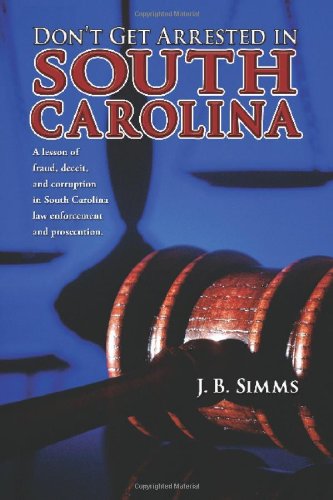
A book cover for Don't Get Arrested in South Carolina; JB Simms; Law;